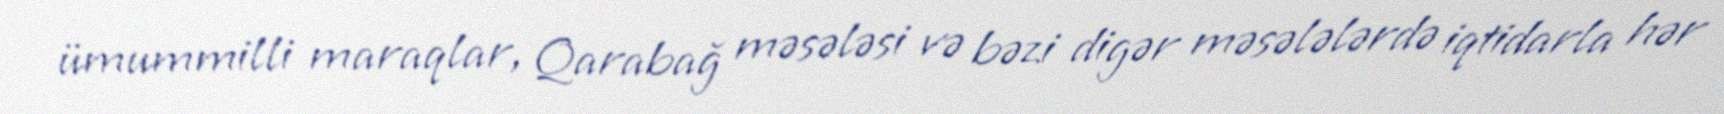
ümummilli maraqlar, Qarabağ məsələsi və bəzi digər məsələlərdə iqtidarla hər